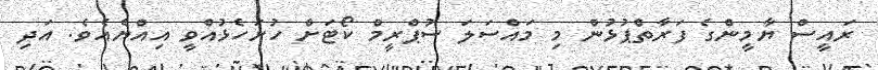
ރައީސް ޔާމީންގެ ފަރާތްޕުޅުން މި މައްސަލަ ސުޕްރީމް ކޯޓަށް ހުށަހެޅުއްވީ އިއްޔެއެވެ. އަދި